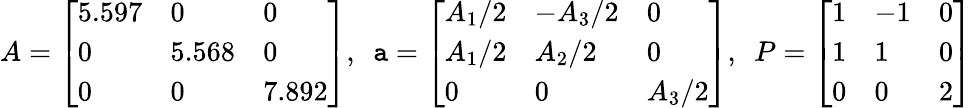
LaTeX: A=\left[\begin{array}{lll}{5.597}&{0}&{0}\\ {0}&{5.568}&{0}\\ {0}&{0}&{7.892}\end{array}\right],~~\mathtt{a}=\left[\begin{array}{lll}{A_{1}/2}&{-A_{3}/2}&{0}\\ {A_{1}/2}&{A_{2}/2}&{0}\\ {0}&{0}&{A_{3}/2}\end{array}\right],~~P=\left[\begin{array}{lll}{1}&{-1}&{0}\\ {1}&{1}&{0}\\ {0}&{0}&{2}\end{array}\right]